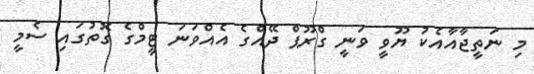
މި ނަތީޖާއާއެކު ޔޫވީ ވަނީ ގްރޫޕް ދޭއްގެ އެއްވަނަ ޓީމްގެ ގޮތުގައި ސެމީ